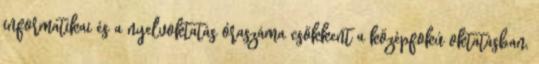
informatikai és a nyelvoktatás óraszáma csökkent a középfokú oktatásban,